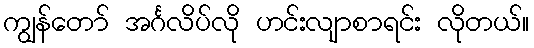
ကျွန်တော် အင်္ဂလိပ်လို ဟင်းလျာစာရင်း လိုတယ်။